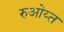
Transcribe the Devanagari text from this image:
रुओय्त